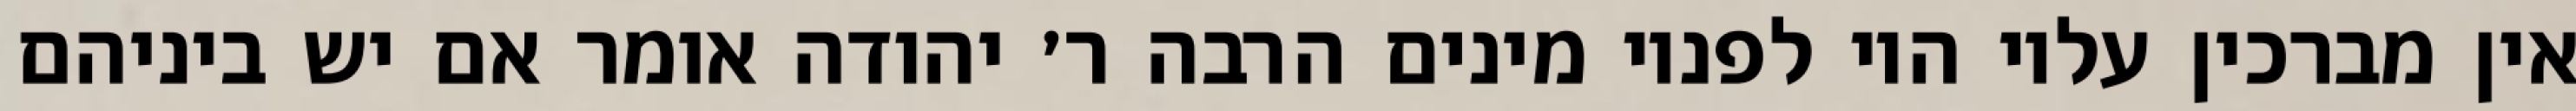
אין מברכין עליו היו לפניו מינים הרבה ר׳ יהודה אומר אם יש ביניהם